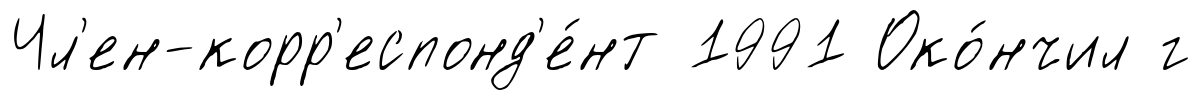
Чл'ен-корр'еспонд'е́нт 1991 Око́нчил г